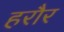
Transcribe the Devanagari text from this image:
हरौर